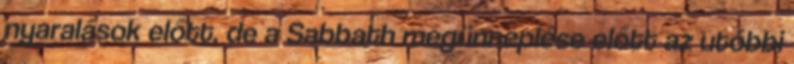
nyaralások előtt, de a Sabbath megünneplése előtt az utóbbi